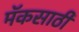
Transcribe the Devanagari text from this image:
मॅकसाठी